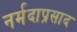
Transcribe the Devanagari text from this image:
नर्मदाप्रसाद